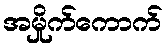
အမှိုက်ကောက်